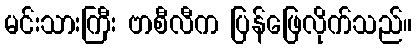
မင်းသားကြီး ဗာစီလီက ပြန်ဖြေလိုက်သည်။